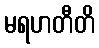
မရဟတီတိ